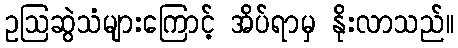
ဥဩဆွဲသံများကြောင့် အိပ်ရာမှ နိုးလာသည်။